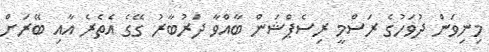
މިނިވަން ދުވަހުގެ ރަސްމީ ރިސެޕްޝަން ބާއްވާ ދަރުބާރު ގޭގެ އެތެރެ އާއި ބޭރަށް